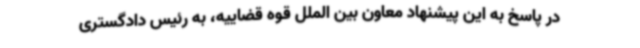
در پاسخ به این پیشنهاد معاون بین الملل قوه قضاییه، به رئیس دادگستری